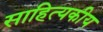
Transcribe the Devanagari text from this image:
साहित्यकीय